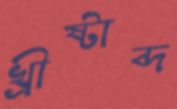
খ্রীষ্টাব্দ